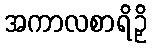
အကာလစာရိဉှိ